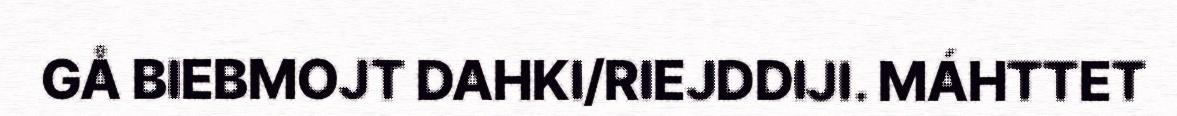
GÅ BIEBMOJT DAHKI/RIEJDDIJI. MÁHTTET